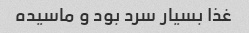
غذا بسیار سرد بود و ماسیده